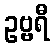
ဥဗ္ဗရီ